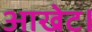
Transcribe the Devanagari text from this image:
आखेट।